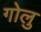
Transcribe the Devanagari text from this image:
गोलु